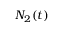
N _ { 2 } ( t )